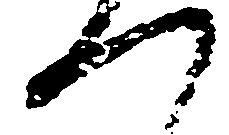
つ